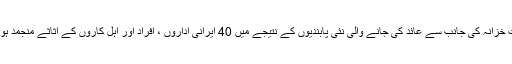
یاد رہے کہ اکتوبر 2017 میں امریکی وزارت خزانہ کی جانب سے عائد کی جانے والی نئی پابندیوں کے نتیجے میں 40 ایرانی اداروں ، افراد اور اہل کاروں کے اثاثے منجمد ہو گئے اور ان پر سسفری پابندیاں بھی لگ گئیں۔